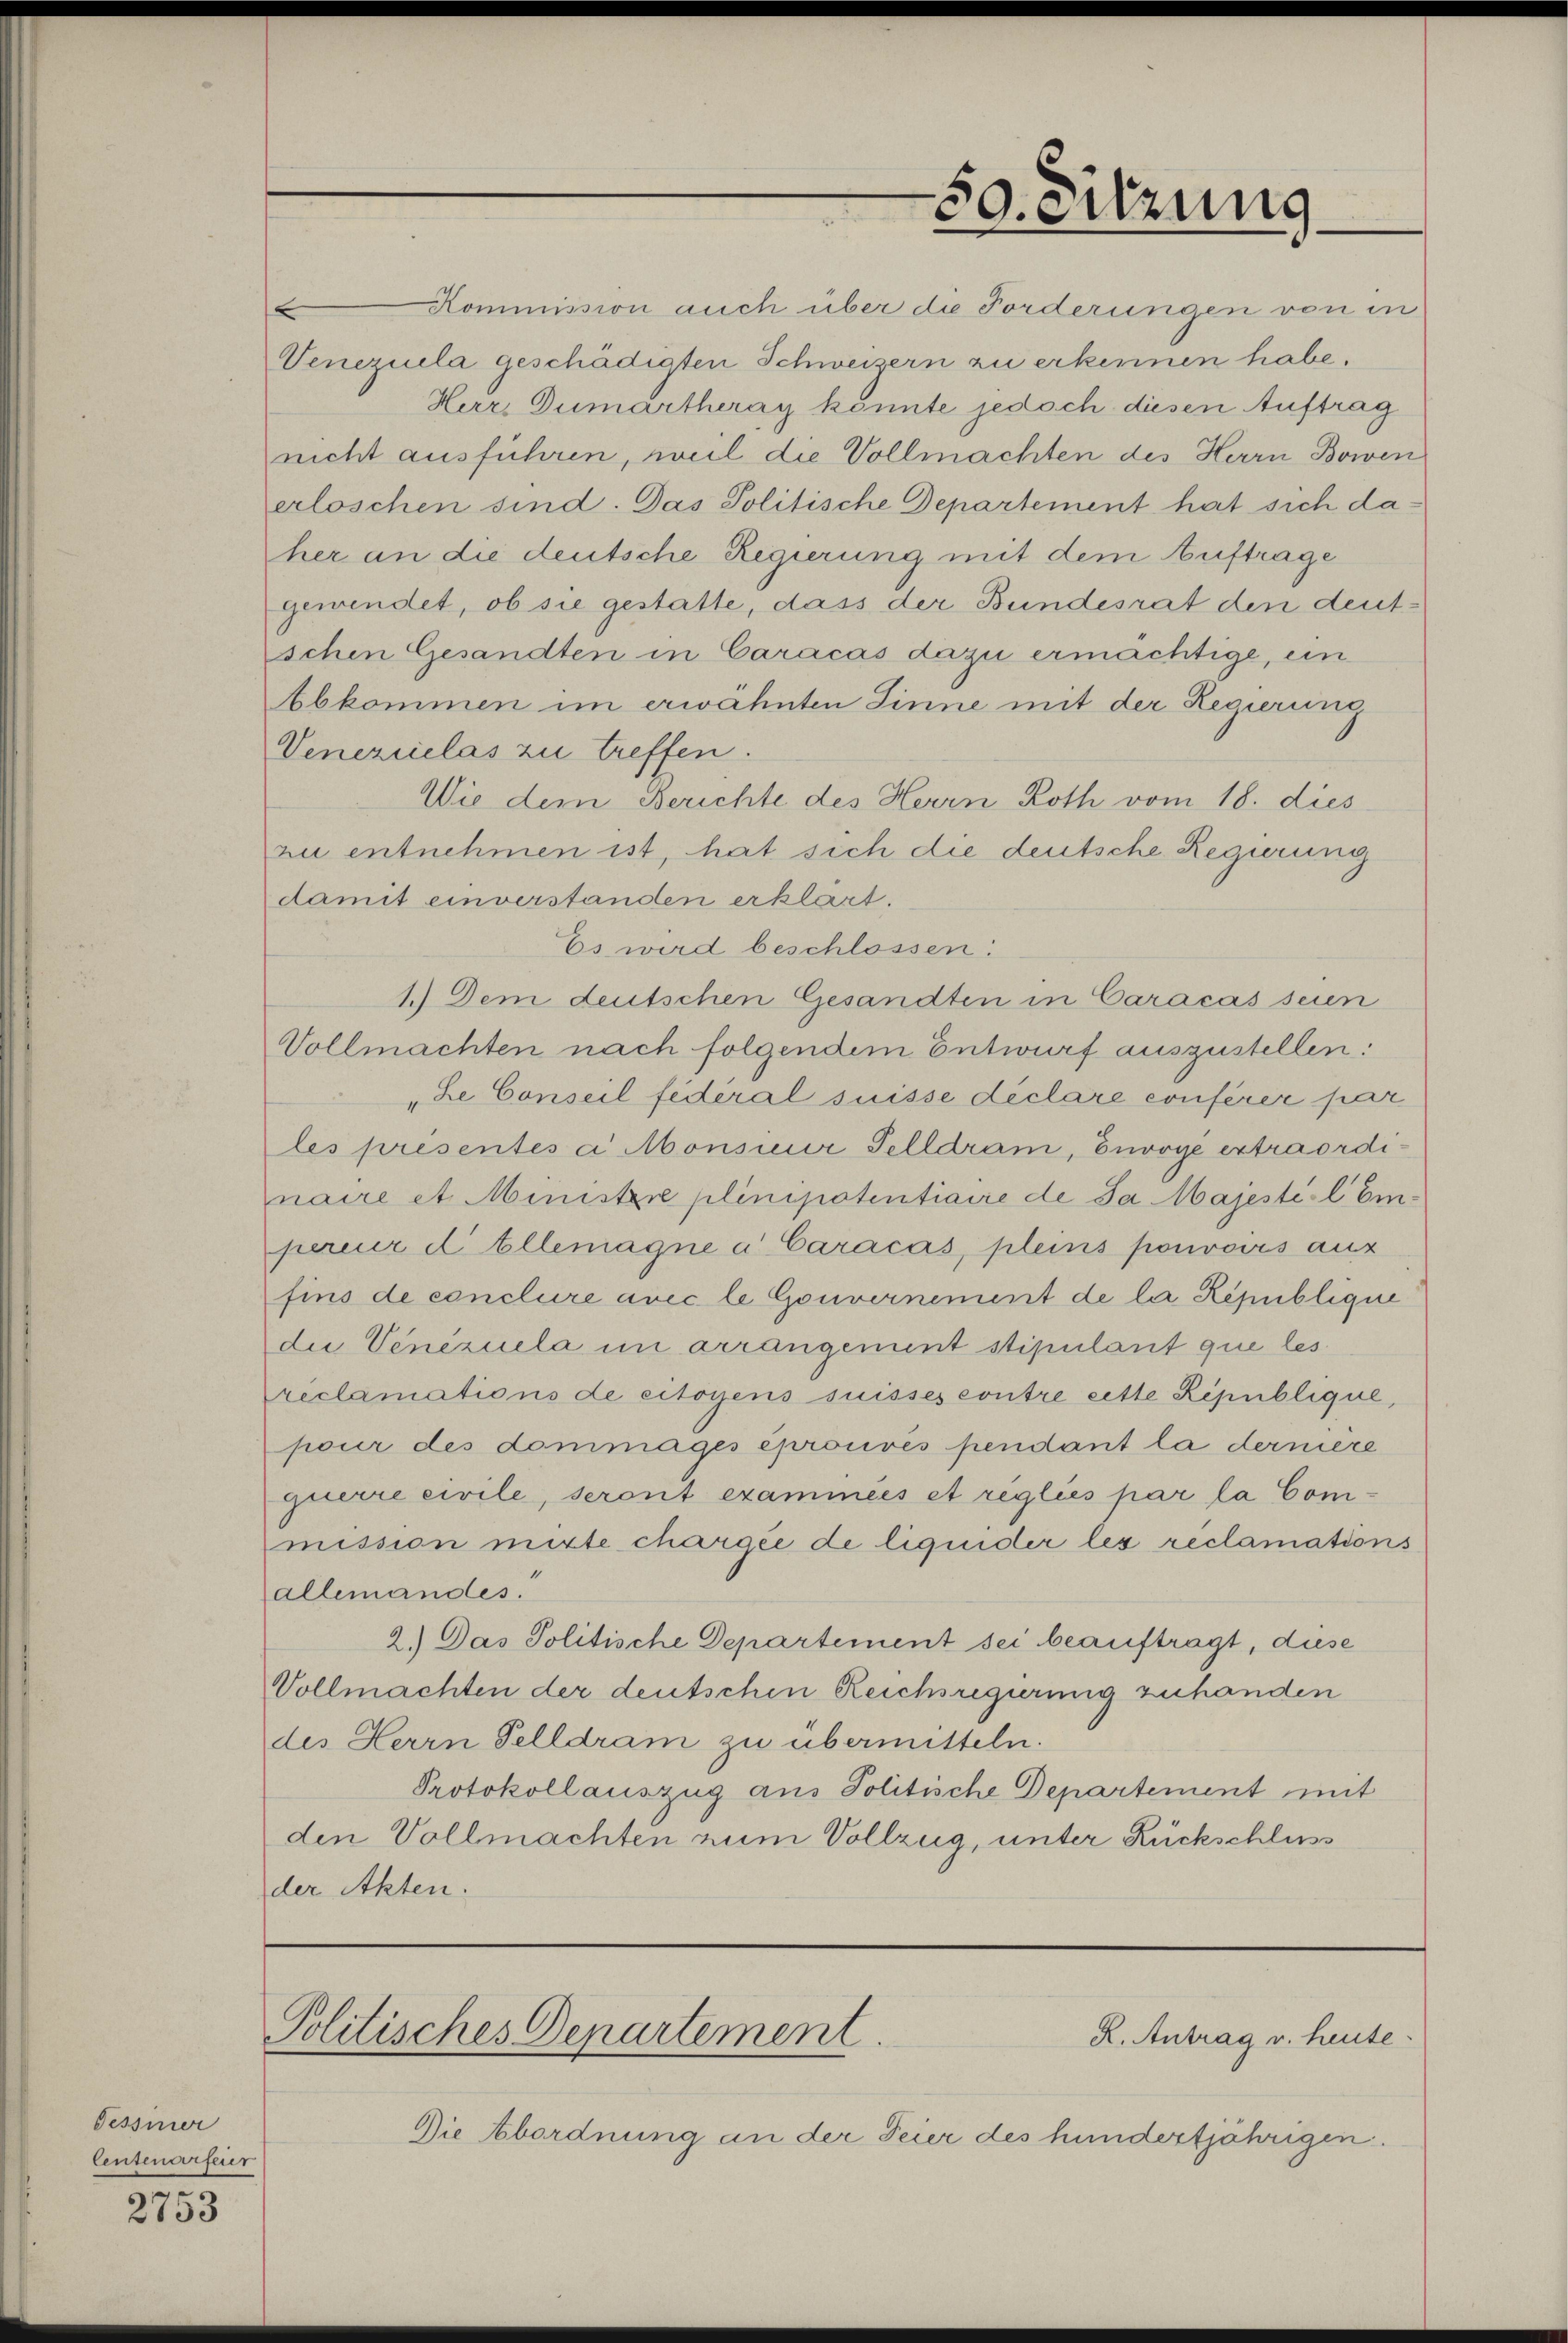
Tessiner
Centenarfeier

2753

2
schen Gesandten in Caracas dazu ermächtige, ein
Abkommen im erwähnten Sinne mit der Regierung
Venezuiclas zu treffen.
Wie dem Berichte des Herrn Roth vom 18. dies
zu entnehmen ist, hat sich die deutsche Regierung
damit einverstanden erklärt.
Es wird beschlossen:
1.) Dem deutschen Gesandten in Caracas seien
Vollmachten nach folgendem Entwurf auszustellen:
Le Conseil fédéral suisse déclare conferer par
les presentés a Monsieur Selldran, Envoyé extraordinaire et Ministere plinipotentiaire de da Majesté-l Empereur d Ellemagne a Caracas, pleins pouvoirs aus
fins de conclure avec le Gouvernement de la République
die Venezuela im arrangement stipulant que les
reclamations de citoyens suisses contre cette Republique,
pour des dommages eprouvés pendant la dernière
querre civile, seront exammées et règliés par la Commission mitte chargée de liquider les reclamations
allemandes.
2.) Das Politische Departement sei beauftragt, diese
Vollmachten der deutschen Reichsregierung zuhanden
des Herrn Telldram zu übermitteln.
Protokollauszug aus Politische Departement mit
den Vollmachten zum Vollzug, unter Rückschluss
der Akten.

Politisches Departement.

Kommission auch über die Forderungen von in
Venezuela geschädigten Schweizern zu erkennen habe.
Herr Dumartheray könnte jedoch diesen Auftrag
nicht ausführen, weil die Vollmachten des Herrn Bowen
erloschen sind. Das Politische Departement hat sich daher an die deutsche Regierung mit dem Auftrage
gewendet, ob sie gestatte, dass der Bundesrat den deut¬

50. Sitzung

Die Abordnung an der Feier des hundertjährigen.

R. Antrag v. heute.